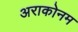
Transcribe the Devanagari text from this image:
अराकोनम